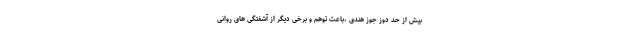
بیش از حد دوز جوز هندی ،باعث توهم و برخی دیگر از آشفتگی های روانی